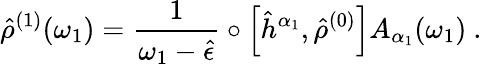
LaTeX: \hat{\rho}^{(1)}(\omega_{1})=\frac{1}{\omega_{1}-\hat{\epsilon}}\circ\left[\hat{h}^{\alpha_{1}},\hat{\rho}^{(0)}\right]A_{\alpha_{1}}(\omega_{1})\mathrm{~.~}